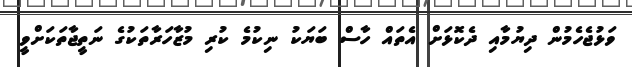
ވަޅުޖެހެމުން ދިޔުމާއި ދެކޮޅަށް އެތައް ހާސް ބަޔަކު ނިކުމެ ކުރި މުޒާހަރާތަކުގެ ނަތީޖާތަކަށްވީ